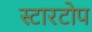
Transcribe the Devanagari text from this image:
स्टारटोप